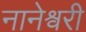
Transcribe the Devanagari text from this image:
नानेश्वरी